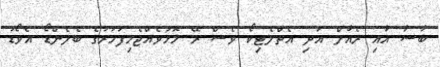
ބާސާ އާއި ރެއާލް އަދި އެތްލެޓިކޯ ވެސް ރޭ މޮޅުވެއްޖެމިފަހަރުގެ ބެލެންޑޯ އެވޯޑު